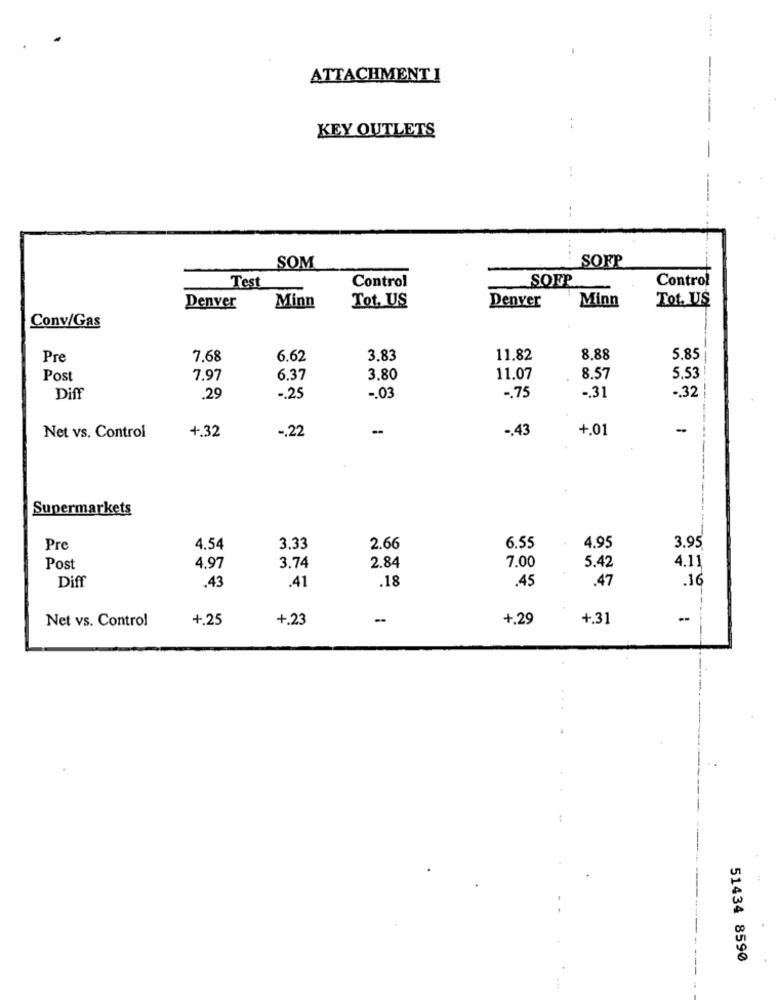
ATTACHMENT I
KEY OUTLETS
:
--
...
SOFP
SOM
Test
Control
SOFP
Control
Tot. US
Tot. US
Denver
Minn
Denver
Minn
Conv/Gas
Pre
7.68
6.62
3.83
11.82
8.88
5.85
Post
7.97
6.37
3.80
11.07
8.57
5,53
.. 32
Diff
.29
-. 25
-. 03
-. 75
-. 31
-. 22
-
-. 43
+.01
-
Net vs. Control
+.32
Supermarkets
Pre
4.54
3.33
2.66
6.55
4.95
3.95
2.84
Post
4.97
3.74
7.00
5.42
4.11
.18
.47
.16
Diff
.43
.41
.45
Net vs. Control
+.25
+.23
+.29
+.31
--
51434 8590